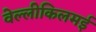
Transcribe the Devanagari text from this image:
वेल्लीकिलमई